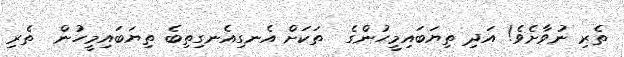
ތެރި ނުވާށެވެ! އަދި ތިޔަބައިމީހުންގެ  ތަކަށް އެނގިއެނގިތިބެ ތިޔަބައިމީހުން  ތެރި